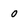
Character: O